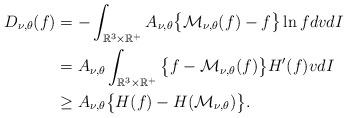
LaTeX: \begin{align*}D_{\nu,\theta}(f)&=-\int_{\mathbb{R}^3\times \mathbb{R}^+} A_{\nu,\theta}\big\{\mathcal{M}_{\nu,\theta}(f)-f\big\}\ln f dvdI\cr&=A_{\nu,\theta}\int_{\mathbb{R}^3\times \mathbb{R}^+} \big\{f-\mathcal{M}_{\nu,\theta}(f)\big\}H^{\prime}(f)vdI\cr&\geq A_{\nu,\theta}\big\{ H(f)-H(\mathcal{M}_{\nu,\theta})\big\}.\end{align*}